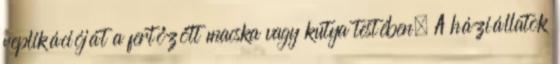
replikációját a fertőzött macska vagy kutya testében. A háziállatok